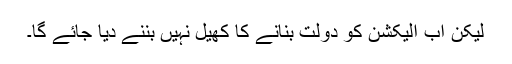
لیکن اب الیکشن کو دولت بنانے کا کھیل نہیں بننے دیا جائے گا۔